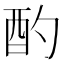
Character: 酌